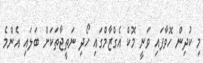
މި ކުދިން ހޮވާފައި ވަނީ މޮކް އެގްޒާމްގައި ހޯދި ނަތީޖާތަކަށް ބަލައި އެންމެ